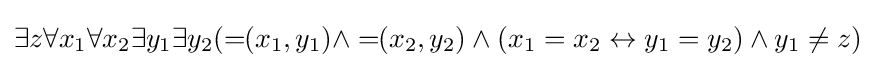
\exists z\forall x_{1}\forall x_{2}\exists y_{1}\exists y_{2}(=\!\!(x_{1},y_{1})\wedge =\!\!(x_{2},y_{2})\wedge (x_{1}=x_{2}\leftrightarrow y_{1}=y_{2})\wedge y_{1}\not =z)